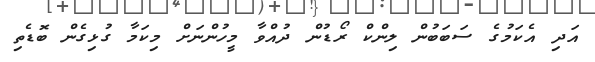
އަދި އެކަމުގެ ސަބަބުން ލިންކް ރޯޑުން ދުއްވާ މީހުންނަށް މިކަމާ ގުޅިގެން ބޮޑެތި